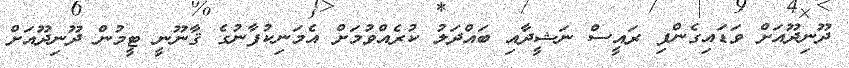
ދޫނިދޫއަށް ވަޑައިގެންފި ރައީސް ނަޝީދާއި ބައްދަލު ކުރެއްވުމަށް އެމަނިކުފާނުގެ ޤާނޫނީ ޓީމުން ދޫނިދޫއަށް